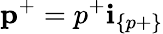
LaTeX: \textbf{p}^{+}=p^{+}\textbf{i}_{\{ p+\} }